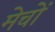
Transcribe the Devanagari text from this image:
मेचों